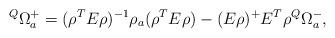
LaTeX: \begin{align*}{}^Q\Omega^+_a=(\rho^T E\rho)^{-1}\rho_a(\rho^T E\rho)-(E\rho)^+E^T\rho{}^Q\Omega^-_a,\end{align*}